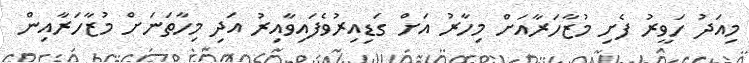
މިއަދު ހަވީރު ފެށި މުޒާހަރާއަށް މިހާރު އަށް ގަޑިއިރުވެފައިވާއިރު އަދި މިހާތަނަށް މުޒާހަރާއިން